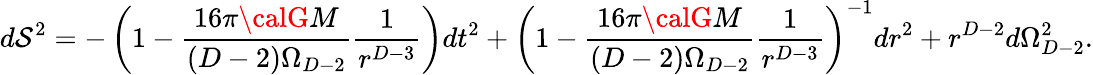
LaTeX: d\mathcal{S}^{2}=-\left(1-\frac{{16\pi{\calG}M}}{{(D-2)\Omega_{D-2}}}\frac{{1}}{{r^{D-3}}}\right)dt^{2}+\left(1-\frac{{16\pi{\calG}M}}{{(D-2)\Omega_{D-2}}}\frac{{1}}{{r^{D-3}}}\right)^{-1}dr^{2}+r^{D-2}d\Omega_{D-2}^{2}.